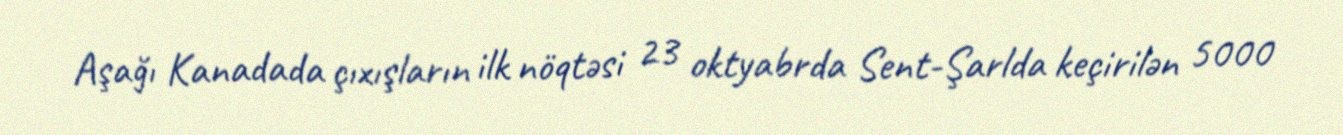
Aşağı Kanadada çıxışların ilk nöqtəsi 23 oktyabrda Sent-Şarlda keçirilən 5000